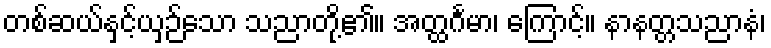
တစ်ဆယ်နှင့်ယှဉ်သော သညာတို့၏။ အတ္ထင်္ဂမာ၊ ကြောင့်။ နာနတ္တသညာနံ၊